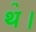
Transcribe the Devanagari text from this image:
थ॓।